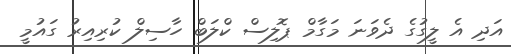
އަދި އެ ލީގުގެ ދެވަނަ މަގާމް ޕޮލިސް ކްލަބް ހާސިލް ކުރިއިރު ގައުމީ